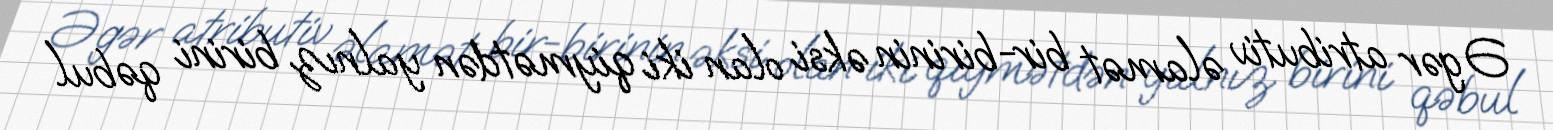
Əgər atributiv əlamət bir-birinin əksi olan iki qiymətdən yalnız birini qəbul